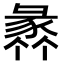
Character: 𧱤